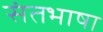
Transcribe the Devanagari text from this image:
संतभाषा